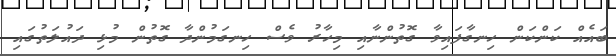
ބައެއް ކަންކަން ހިނގާފައިވާ ގޮތުންނާއި މިހާރު ވެސް ހިނގަމުންދާ ގޮތުން މުޅި ދައުލަތުގައި